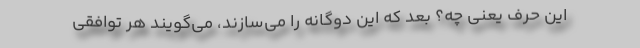
این حرف یعنی چه؟ بعد که این دوگانه را می‌سازند، می‌گویند هر توافقی